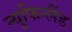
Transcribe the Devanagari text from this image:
न्यूफिन्लैंड